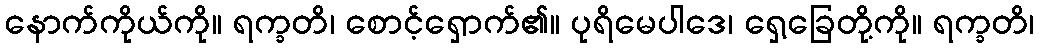
နောက်ကိုယ်ကို။ ရက္ခတိ၊ စောင့်ရှောက်၏။ ပုရိမေပါဒေ၊ ရှေ့ခြေတို့ကို။ ရက္ခတိ၊